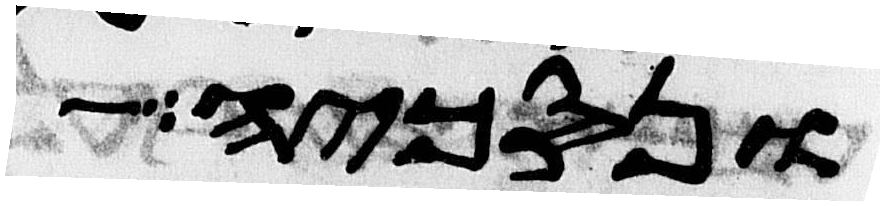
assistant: ונסכיה